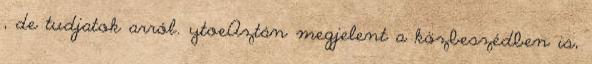
, de tudjatok arról. ytoeAztán megjelent a közbeszédben is,